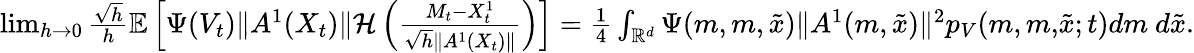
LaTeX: \begin{array}{r}{\operatorname*{lim}_{h\rightarrow 0}\frac{\sqrt{h}}{h}{\mathbb E}\left[\Psi(V_{t})\| A^{1}(X_{t})\| {\mathcal H}\left(\frac{M_{t}-X_{t}^{1}}{\sqrt{h}\| A^{1}(X_{t})\| }\right)\right]=\frac{1}{4}\int_{{\mathbb R}^{d}}\Psi(m,{m,\tilde{x}})\| A^{1}(m,\tilde{x})\| ^{2}p_{V}(m,{m,}\tilde{x};t)dm~d\tilde{x}.}\end{array}